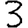
Digit: 3